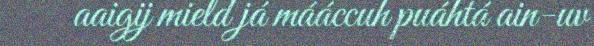
aaigij mield já mááccuh puáhtá ain-uv